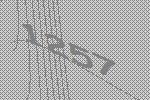
1257